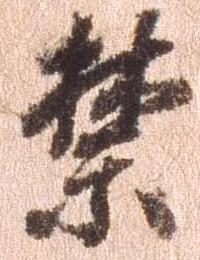
禁